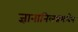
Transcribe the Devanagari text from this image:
ज्ञानानिलप्रभावेन